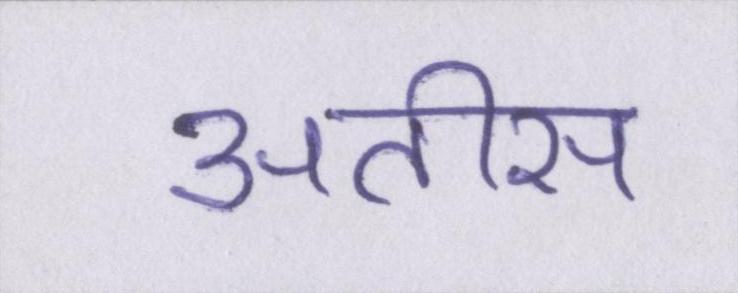
अतीस